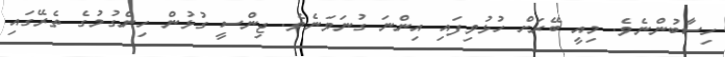
ހިސާބުންނެވެ. މިއީ ބޭރަށް ހުޅުވިފައި އިންނަ ގުނަވަނެވެ. ޖިންސީ ގުޅުން ހިންގުމުގެ ތެރޭގައި